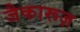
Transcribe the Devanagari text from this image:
जैकारूज़